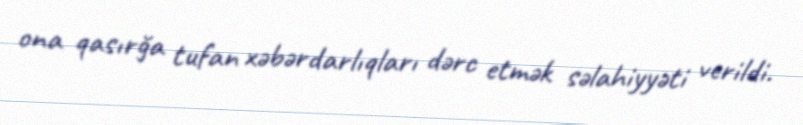
ona qasırğa tufan xəbərdarlıqları dərc etmək səlahiyyəti verildi.